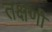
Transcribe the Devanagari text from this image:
तक्षणी